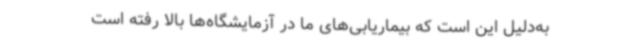
به‌دلیل این است که بیماریابی‌های ما در آزمایشگاه‌ها بالا رفته است